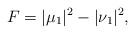
LaTeX: \begin{align*} F=|\mu_1|^2-|\nu_1|^2, \end{align*}